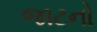
જાટનો